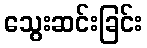
သွေးဆင်းခြင်း